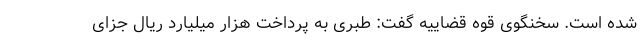
شده است. سخنگوی قوه قضاییه گفت: طبری به پرداخت هزار میلیارد ریال جزای